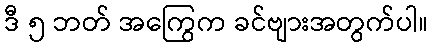
ဒီ ၅ ဘတ် အကြွေက ခင်ဗျားအတွက်ပါ။